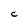
Character: C